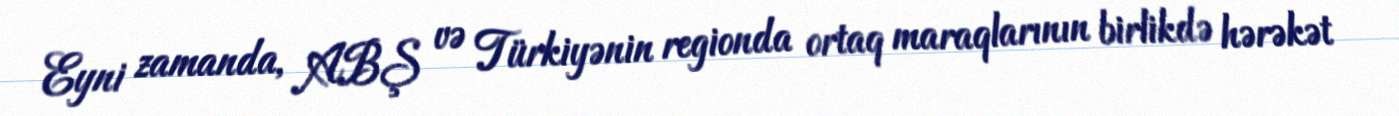
Eyni zamanda, ABŞ və Türkiyənin regionda ortaq maraqlarının birlikdə hərəkət